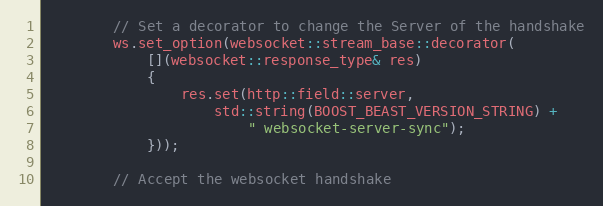
Language: C++
        // Set a decorator to change the Server of the handshake
        ws.set_option(websocket::stream_base::decorator(
            [](websocket::response_type& res)
            {
                res.set(http::field::server,
                    std::string(BOOST_BEAST_VERSION_STRING) +
                        " websocket-server-sync");
            }));

        // Accept the websocket handshake